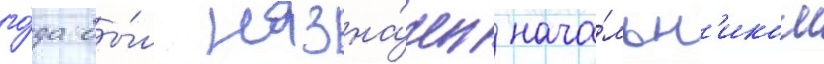
го́да бы́л назна́чен нача́льн'иком